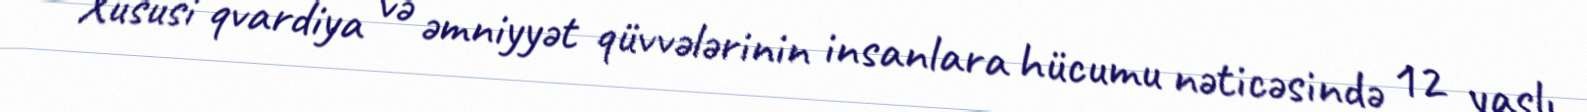
Xüsusi qvardiya və əmniyyət qüvvələrinin insanlara hücumu nəticəsində 12 yaşlı